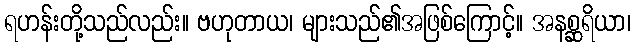
ရဟန်းတို့သည်လည်း။ ဗဟုတာယ၊ များသည်၏အဖြစ်ကြောင့်။ အနစ္ဆရိယာ၊